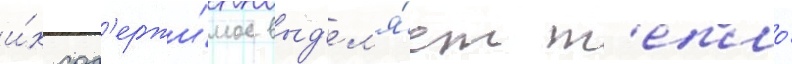
и́х сод'ержи́мое выд'ел'я́ет т'епло́